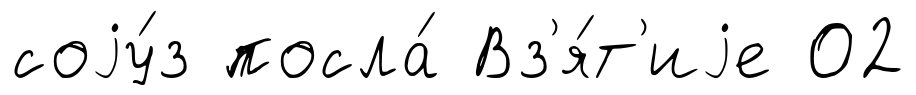
соjу́з посла́ Вз'я́т'иjе 02